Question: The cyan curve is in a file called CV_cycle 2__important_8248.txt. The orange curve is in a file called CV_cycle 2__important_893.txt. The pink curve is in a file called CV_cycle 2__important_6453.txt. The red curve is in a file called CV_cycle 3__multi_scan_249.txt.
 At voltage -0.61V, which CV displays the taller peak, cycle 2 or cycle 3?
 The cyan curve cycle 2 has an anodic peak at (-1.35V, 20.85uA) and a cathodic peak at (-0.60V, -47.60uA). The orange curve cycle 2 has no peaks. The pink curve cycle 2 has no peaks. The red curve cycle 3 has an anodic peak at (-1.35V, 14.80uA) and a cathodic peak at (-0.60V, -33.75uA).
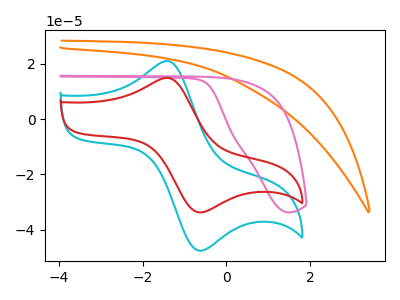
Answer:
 <answer>The peak at -0.61V is higher in "cycle 2" than in "cycle 3".</answer>
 <eval>higher</eval>